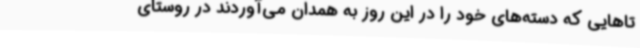
تاهایی که دسته‌های خود را در این روز به همدان می‌آوردند در روستای